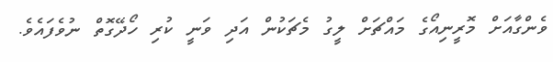
ވެންގާއަށް މޮރީނިއޯގެ މައްޗަށް ލީގު މެޗަކުން އަދި ވަނީ ކުރި ހޯދޭގޮތް ނުވެފައެވެ.